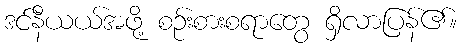
ဒင်နီယယ်အဖို့ စဉ်းစားစရာတွေ ရှိလာပြန်၏။